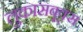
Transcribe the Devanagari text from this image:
लुकासबूक्स